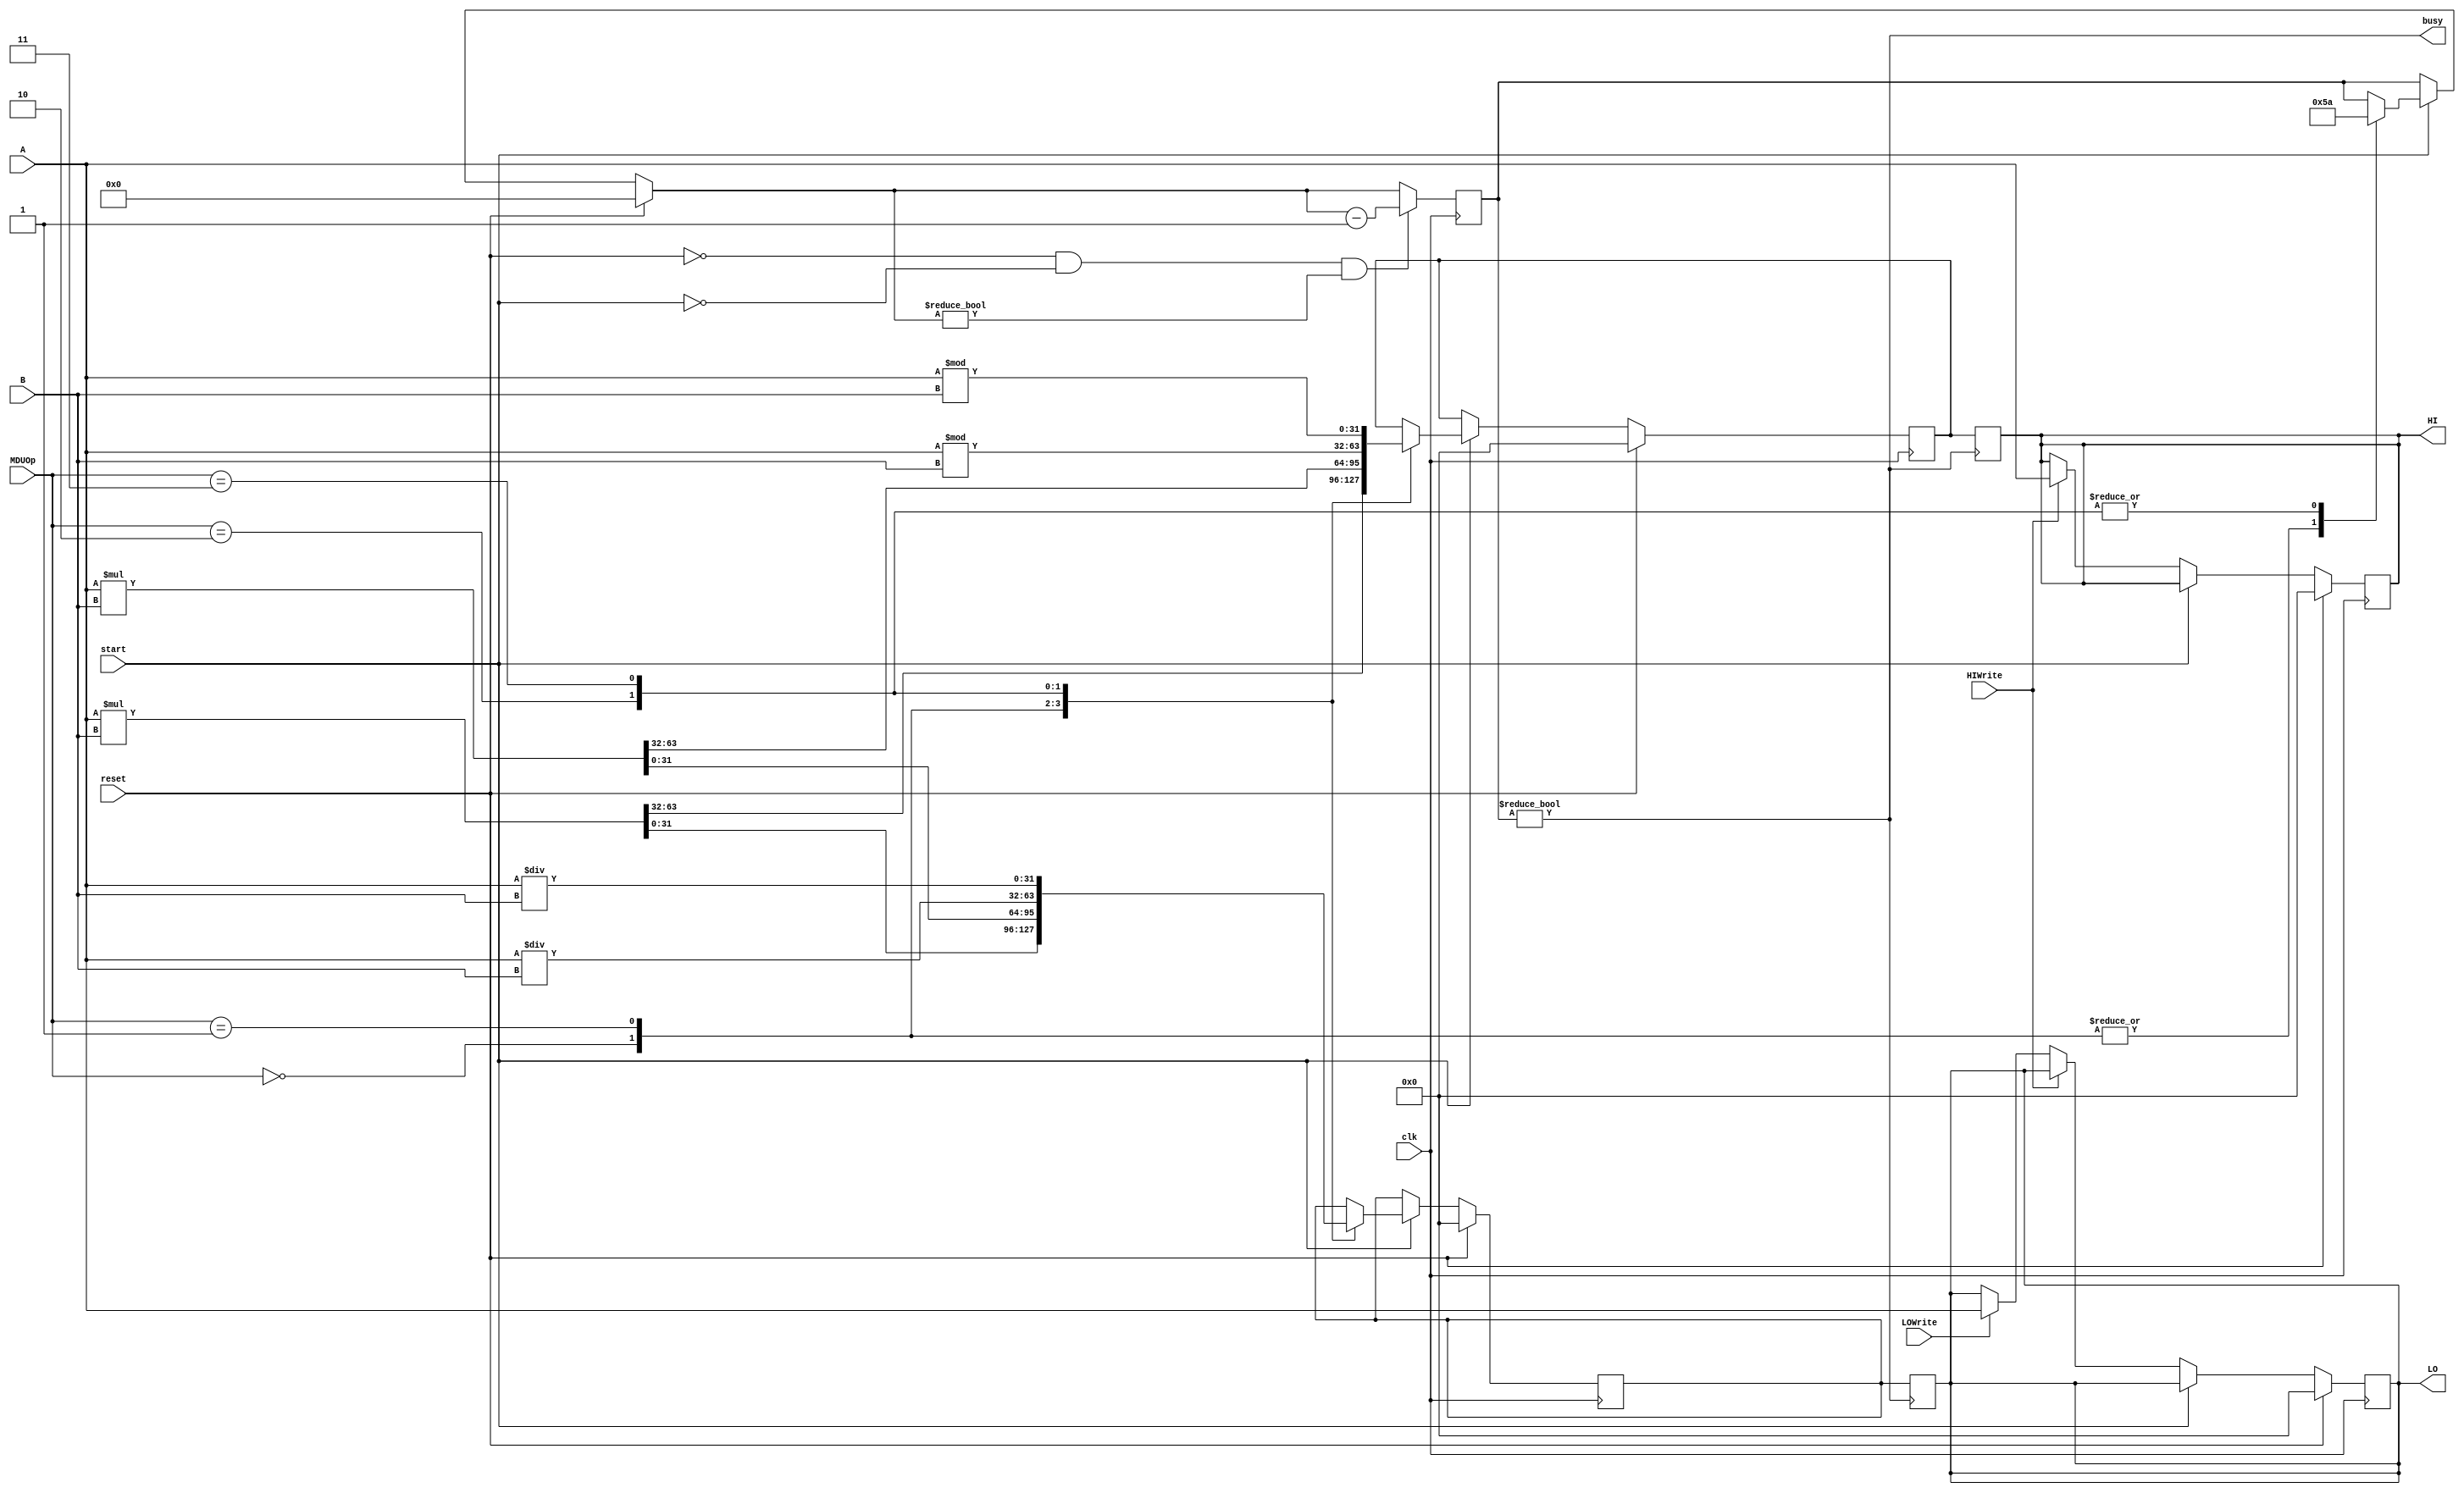
`timescale 1ns / 1ps
//////////////////////////////////////////////////////////////////////////////////
// Company: 
// Engineer: 
// 
// Design Name: 
// Module Name:    MDU 
// Project Name: 
// Target Devices: 
// Tool versions: 
// Description: 
//
// Dependencies: 
//
// Revision: 
// Revision 0.01 - File Created
// Additional Comments: 
//
//////////////////////////////////////////////////////////////////////////////////
`define MULU	3'b000
`define MUL		3'b001
`define DIVU	3'b010
`define DIV		3'b011


module MDU(
    input clk,
    input reset,
	
    input [31:0] A,
    input [31:0] B,
	
    input start,
	
    input [2:0] MDUOp,
    input HIWrite,
    input LOWrite,
	
    output reg [31:0] HI,
    output reg [31:0] LO,
    output busy	// tell hzd busy here
    );
	
	reg [31:0] HITmp, LOTmp;
	reg [3:0] cnt;
	
	always @(posedge clk) begin
		if(reset) begin
			HI = 0;
			LO = 0;
			HITmp = 0;
			LOTmp = 0;
			cnt = 0;
		end
		else if(start) begin
			case (MDUOp)
				`MULU : begin
					{HITmp, LOTmp} <= A * B;
					cnt <= 5;
				end
				`MUL : begin
					{HITmp, LOTmp} <= $signed(A) * $signed(B);
					cnt <= 5;
				end
				`DIVU : begin
					LOTmp <= A / B;
					HITmp <= A % B;
					cnt <= 10;
				end
				`DIV : begin
					LOTmp <= $signed(A) / $signed(B);
					HITmp <= $signed(A) % $signed(B);
					cnt <= 10;
				end
			endcase
		end
		else if(HIWrite) HI <= A;
		else if(LOWrite) LO <= A;
		if(reset == 0 && start == 0 && cnt != 0) cnt <= cnt -1;
	end
	assign busy = (cnt != 0);
	always@(negedge busy) begin
		HI <= HITmp;
		LO <= LOTmp;
	end


endmodule